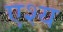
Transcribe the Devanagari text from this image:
एश्य